Account of plague administration in the Bombay Presidency from September 1896 till May 1897
Year: 1896
Disease focus: Plague
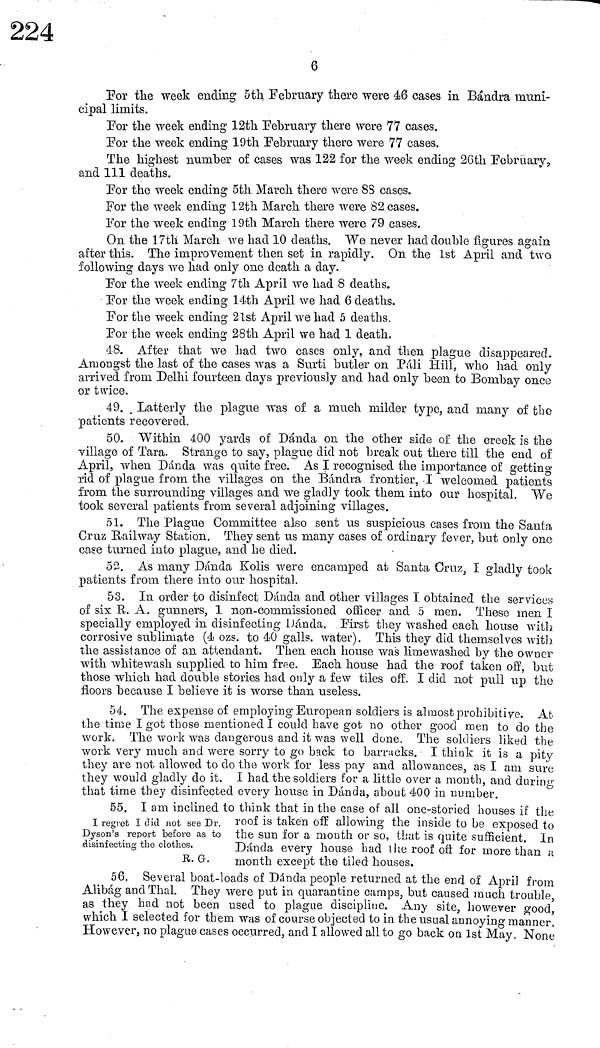
6
For the week ending 5th February there were 46 cases in Bándra muni-
cipal limits.
For the week ending 12th February there were 77 cases.
For the week ending 19th February there were 77 cases.
The highest number of cases was 122 for the week ending 26th February.,
and 111 deaths.
For the week ending 5th March there were SS cases.
For the week ending 12th March there were 82 cases.
For the week ending 19th March there were 79 cases.
On the 17th March we had 10 deaths. We never had double figures again
after this. The improvement then set in rapidly. On the 1st April and two
following days we had only one death a clay.
For the week ending 7th April we had 8 deaths.
For the week ending 14th April we had 6 deaths.
For the week ending 21st April we had 5 deaths.
For the week ending 28th April we had 1 death.
48. After that we had two cases only, and then plague disappeared.
Amongst the last of the cases was a Surti butler on Pali Hill, who had only
arrived from Delhi fourteen clays previously and had only been to Bombay once
or twice.
49. , Latterly the plague was of a much milder type, and many of the
patients recovered.
50. Within 400 yards of Dáñela on the other side of the creek is the
village of Tara. Strange to say, plague did not break out there till the end of
April, when Dáñela was quite free. As I recognised the importance of getting
rid of plague from the villages on the Bándra frontier, I welcomed patients
from the surrounding villages and we gladly took them into our hospital. We
took several patients from several adjoining villages.
51. The Plague Committee also sent us suspicious cases from the Santa
Cruz Railway Station. They sent us many cases of ordinary fever, but only one
case turned into plague, and he died.
52. As many Dáñela Kolis were encamped at Santa Cruz, I gladly took
patients from there into our hospital.
53. In order to disinfect Dánda and other villages I obtained the services
of six R. A. gunners, 1 non-commissioned officer and 5 men. These men I
specially employed in disinfecting Dáñela. First they washed each house with
corrosive sublimate (4 ozs. to 40 galls. water). This they did themselves with
the assistance of an attendant. Then each house was limewashed by the owner
with whitewash supplied to him free. Each house had the roof taken off, but
those which had double stories had only a few tiles off. I did not pull up the
floors because I believe it is worse than useless.
54. The expense of employing European soldiers is almost prohibitive. At
the time I got those mentioned I could have gob no other good men to do the
work. The work was dangerous and it was well done. The soldiers liked the
work very much and were sorry to go back to barracks. I think it is a pity
they are not allowed to do the work for less pay and allowances, as 1 am sure
they would gladly do it. I had the soldiers for a little over a month, and during
that time they disinfected every house in Dánda, about 400 in number.
55. I am inclined to think that in the case of all one-storied houses if the
I regret I did not see Dr. roof is taken off allowing the inside to be exposed to
Dyson's report before as to the sun for a month or so, that is quite sufficient. In
disinfecting the clothes.
Dánda every house had the roof off for more than a
R.G.
month except the tiled houses.
58. Several boat-loads of Dánda people returned at the end of April from
Alibag and Thal. They were put in quarantine camps, but caused much trouble
as they had not been used to plague discipline. Any site, however good,
which I selected for them was of course objected to in the usual annoying manner.
However, no plague cases occurred, and I allowed all to go back on 1st May. None